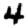
Digit: 4